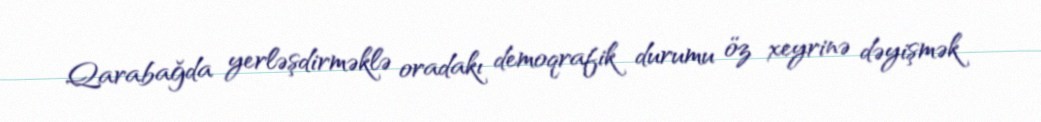
Qarabağda yerləşdirməklə oradakı demoqrafik durumu öz xeyrinə dəyişmək